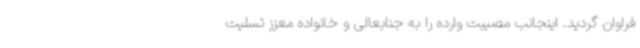
فراوان گردید. اینجانب مصیبت وارده را به جنابعالی و خانواده معزز تسلیت